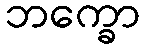
ဘက္ခော